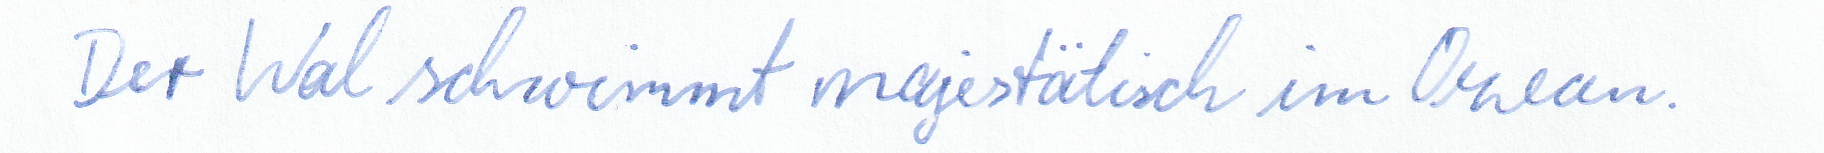
Der Wal schwimmt majestätisch im Ozean.